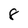
Character: 8